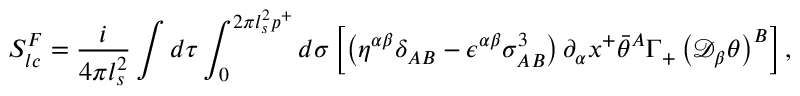
S _ { l c } ^ { F } = \frac { i } { 4 \pi l _ { s } ^ { 2 } } \int d \tau \int _ { 0 } ^ { 2 \pi l _ { s } ^ { 2 } p ^ { + } } d \sigma \left[ \left( \eta ^ { \alpha \beta } \delta _ { A B } - \epsilon ^ { \alpha \beta } \sigma _ { A B } ^ { 3 } \right) \partial _ { \alpha } x ^ { + } \bar { \theta } ^ { A } \Gamma _ { + } \left( \mathcal { D } _ { \beta } \theta \right) ^ { B } \right] ,